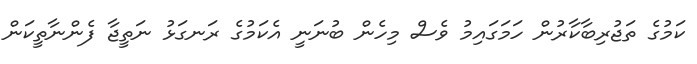
ކަމުގެ ތަޖުރިބާކާރުން ހަމަގައިމު ވެސް މިހެން ބުނަނީ އެކަމުގެ ރަނގަޅު ނަތީޖާ ފެންނާތީކަން